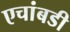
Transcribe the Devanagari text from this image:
एचांबडी